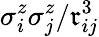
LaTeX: \sigma_{i}^{z}\sigma_{j}^{z}/\mathfrak{r}_{ij}^{3}